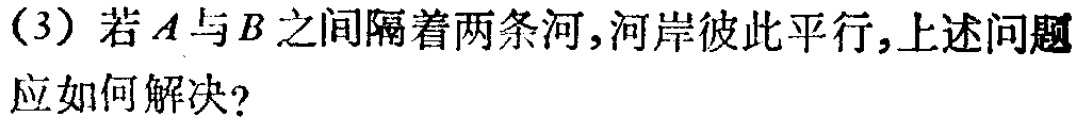
(3) 若\(A\)与\(B\)之间隔着两条河,河岸彼此平行,上述问题应如何解决?